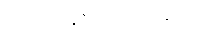
ထိုရဟန်းအား။ ဗဟုဿု